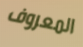
المعروف